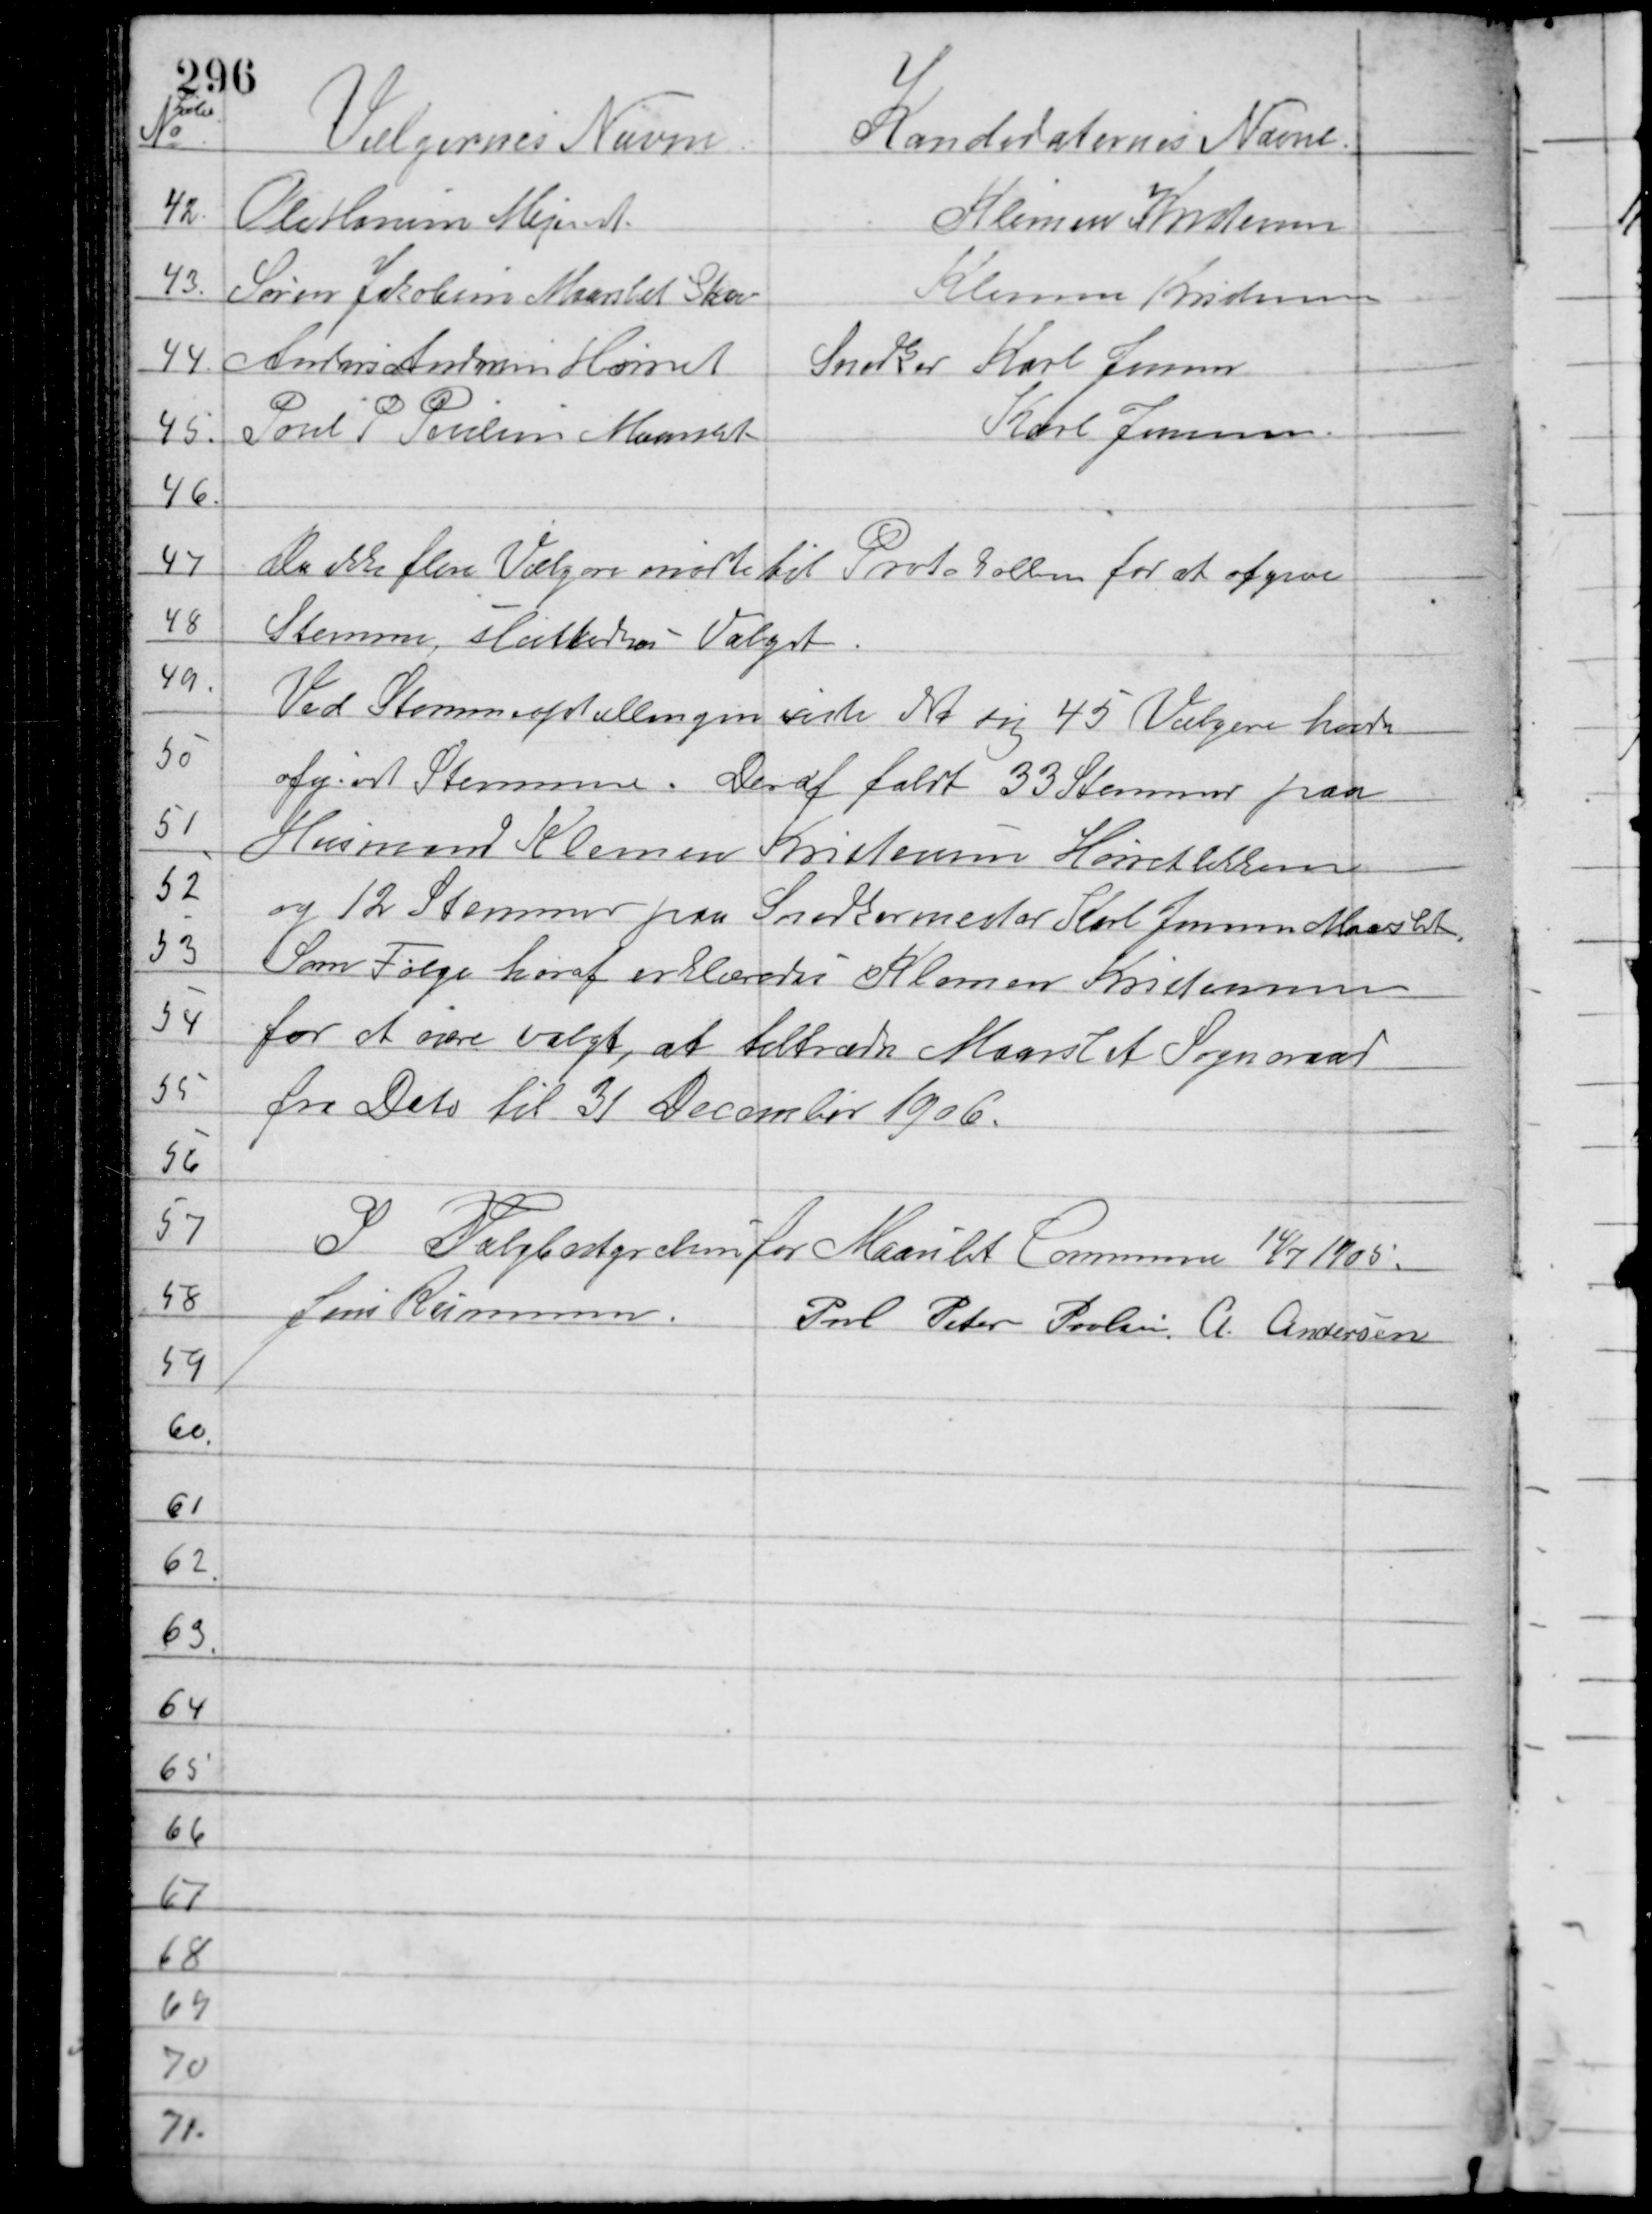
Transskription:
Da ikke flere Vælgere mødte til Protokollen for at afgive
Stemme Sluttedes Valget.
Ved Stemmeoptællingen viste det sig 45 Vælgere havde
afgivet Stemme. Deraf faldt 33 Stemmer paa
Husmand Klemen Kristensen Hørretløkken
og 12 Stemmer paa Snedkermester Karl Jensen Maarslet.
Som Følge heraf erklæredes Klemen Kristensen
for at være valgt, at tiltræde Maarslet Sogneraad
fra Dato til 31. December 1906.
I Valgbestyrelsen for Maarslet Commune 14/7 1905
Jens Rasmussen Poul Peter Poulsen A. Andersen